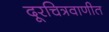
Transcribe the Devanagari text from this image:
दूरचित्रवाणीत